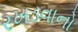
રખડવાનો